Civil Veterinary Dept. Bombay admin report 1900-1906 - 1900-1906
Year: 1900
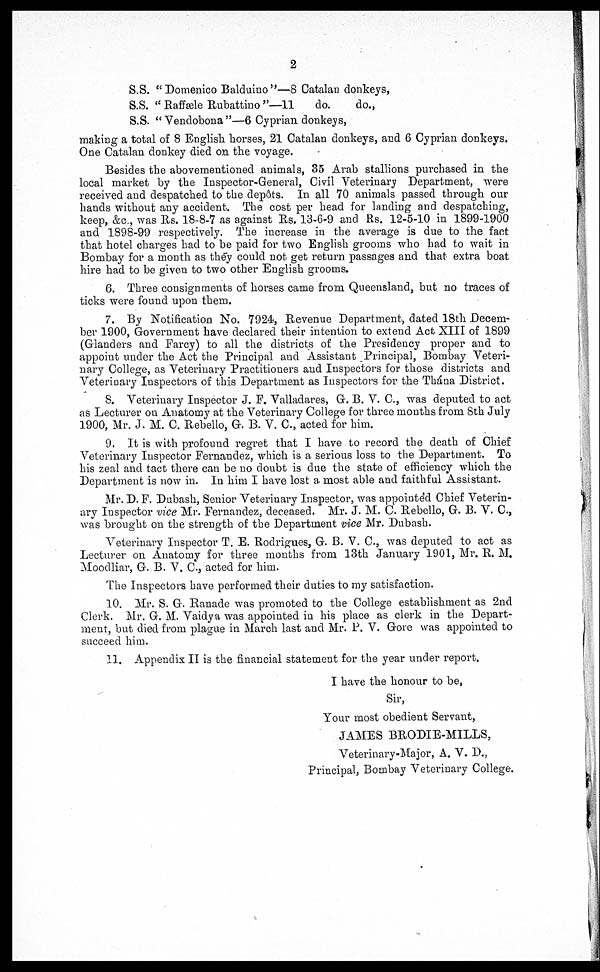
2
S.S. "Domenico Balduino"—8 Catalan donkeys,
S.S. " Raffæle Rubattino "—11
do.
do.,
S.S. " Vendobona"—6 Cyprian donkeys,
making a total of 8 English horses, 21 Catalan donkeys, and 6 Cyprian donkeys.
One Catalan donkey died on the voyage.
Besides the abovementioned animals, 35 Arab stallions purchased in the
local market by the Inspector-General, Civil Veterinary Department, were
received and despatched to the depôts. In all 70 animals passed through our
hands without any accident. The cost per head for landing and despatching,
keep, &c., was Rs. 18-8-7 as against Rs. 13-6-9 and Rs. 12-5-10 in 1899-1900
and 1898-99 respectively. The increase in the average is due to the fact
that hotel charges had to be paid for two English grooms who had to wait in
Bombay for a month as they could not get return passages and that extra boat
hire had to be given to two other English grooms.
6. Three consignments of horses came from Queensland, but no traces of
ticks were found upon them.
7. By Notification No. 7924, Revenue Department, dated 18th Decem-
ber 1900, Government have declared their intention to extend Act XIII of 1899
(Glanders and Farcy) to all the districts of the Presidency proper and to
appoint under the Act the Principal and Assistant Principal, Bombay Veteri-
nary College, as Veterinary Practitioners and Inspectors for those districts and
Veterinary Inspectors of this Department as Inspectors for the Thána District.
8. Veterinary Inspector J. F. Valladares, G. B. V. C., was deputed to act
as Lecturer on Anatomy at the Veterinary College for three mouths from 8th July
1900, Mr. J. M. C. Rebello, G. B. V. C., acted for him.
9. It is with profound regret that I have to record the death of Chief
Veterinary Inspector Fernandez, which is a serious loss to the Department. To
his zeal and tact there can be no doubt is due the state of efficiency which the
Department is now in. In him I have lost a most able and faithful Assistant.
Mr. D. F. Dubash, Senior Veterinary Inspector, was appointed Chief Veterin-
ary Inspector vice Mr. Fernandez, deceased. Mr. J. M. C. Rebello, G. B. V. C.,
was brought on the strength of the Department vice Mr. Dubash.
Veterinary Inspector T. E. Rodrigues, G. B. V. C., was deputed to act as
Lecturer on Anatomy for three months from 13th January 1901, Mr. R. M.
Moodliar, G. B. V. C., acted for him.
The Inspectors have performed their duties to my satisfaction.
10. Mr. S. G. Ranade was promoted to the College establishment as 2nd
Clerk. Mr. G. M. Vaidya was appointed in his place as clerk in the Depart-
ment, but died from plague in March last and Mr. P. V. Gore was appointed to
succeed him.
11. Appendix II is the financial statement for the year under report.
I have the honour to be,
Sir,
Your most obedient Servant,
JAMES BRODIE-MILLS,
Veterinary-Major, A. V. D.,
Principal, Bombay Veterinary College.